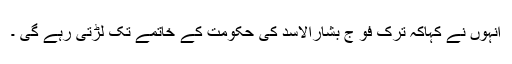
انہوں نے کہاکہ ترک فو ج بشارالاسد کی حکومت کے خاتمے تک لڑتی رہے گی ۔